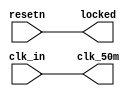
module arty_mmcm (/*AUTOARG*/
   // Outputs
   clk_50m, locked,
   // Inputs
   clk_in, resetn
   );


   input clk_in;
   output clk_50m;
   input  resetn;
   output locked;

   /*AUTOINPUT*/
   /*AUTOOUTPUT*/

   /*AUTOREG*/
   // Beginning of automatic regs (for this module's undeclared outputs)
   reg                  clk_50m;
   reg                  locked;
   // End of automatics
   /*AUTOWIRE*/

   assign locked = resetn;
   assign clk_50m = clk_in;



endmodule